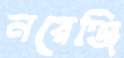
নরেঞ্জি